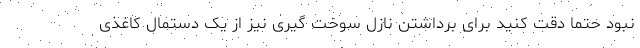
نبود حتما دقت کنید برای برداشتن نازل سوخت گیری نیز از یک دستمال کاغذی